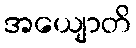
အယျောတိ